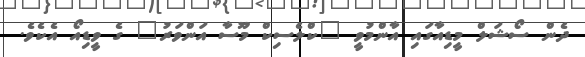
ދެން ސޯޝަލް މީޑިއާގައި އާންމުވީ "ކްލެސިކް މޫސާ އަންވަރު" ގެ ވީޑިއޯ އެކެވެ.